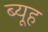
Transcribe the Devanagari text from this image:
ब्यूह